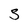
Character: 3